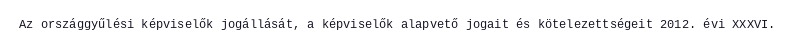
Az országgyűlési képviselők jogállását, a képviselők alapvető jogait és kötelezettségeit 2012. évi XXXVI.